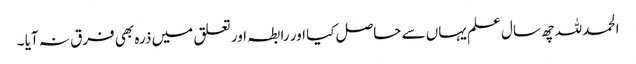
الحمدللہ چھ سال علم یہاں سے حاصل کیا اور رابطہ اور تعلق میں ذرہ بھی فرق نہ آیا ۔